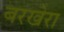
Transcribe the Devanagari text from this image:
बरखेरा